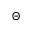
\Theta